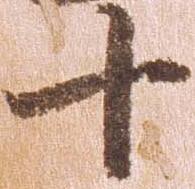
十